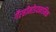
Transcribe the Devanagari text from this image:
गैरहीमोडयनामिक